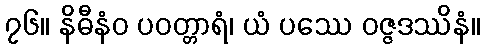
၇၆။ နိဓီနံဝ ပဝတ္တာရံ၊ ယံ ပဿေ ဝဇ္ဇဒဿိနံ။